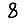
Digit: 8